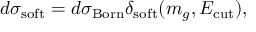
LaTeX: d \sigma _ { \mathrm { s o f t } } = d \sigma _ { \mathrm { B o r n } } \delta _ { \mathrm { s o f t } } ( m _ { g } , E _ { \mathrm { c u t } } ) ,